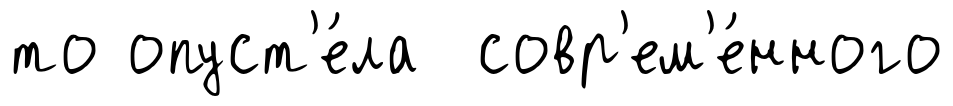
то опуст'е́ла совр'ем'е́нного